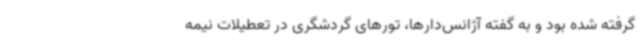
گرفته شده بود و به گفته آژانس‌دارها، تورهای گردشگری در تعطیلات نیمه